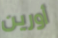
أورين